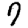
Digit: 7